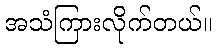
အသံကြားလိုက်တယ်။